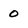
Character: 0